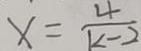
x = \frac { 4 } { k - 2 }